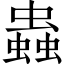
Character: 蟲